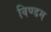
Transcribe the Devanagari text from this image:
विण्डम